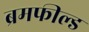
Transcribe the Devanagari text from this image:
ब्रमफील्ड